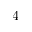
4